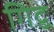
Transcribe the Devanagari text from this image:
गिद्व